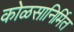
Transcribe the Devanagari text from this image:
कोळसानिर्मित